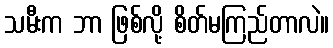
သမီးက ဘာ ဖြစ်လို့ စိတ်မကြည်တာလဲ။